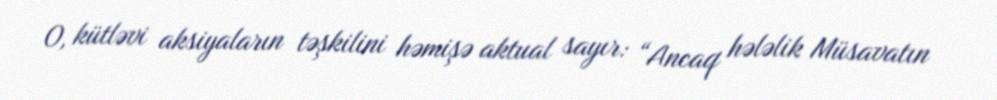
O, kütləvi aksiyaların təşkilini həmişə aktual sayır: “Ancaq hələlik Müsavatın